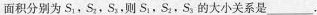
面积分别为S_{1},S_{2},S_{3}，则S_{1},S_{2},S_{3}的大小关系是___，